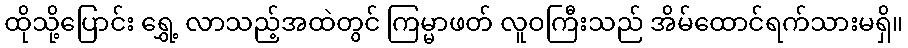
ထိုသို့ပြောင်း ရွှေ့ လာသည့်အထဲတွင် ကြမ္မာဖတ် လူဝကြီးသည် အိမ်ထောင်ရက်သားမရှိ။